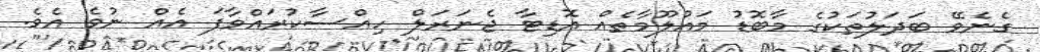
ގެނެވޭ ބަދަލުތަކުގެ މާބޮޑު މައުލޫމާތެއް އޮޑިޓާ ޖެނަރަލް ހިއްސާކުރައްވާފަ އެއް ނުވެ އެވެ.